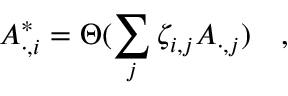
A _ { \cdot , i } ^ { \ast } = \Theta ( \sum _ { j } \zeta _ { i , j } A _ { \cdot , j } ) \quad ,